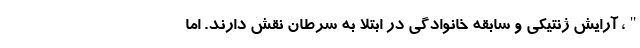
"، آرایش ژنتیکی و سابقه خانوادگی در ابتلا به سرطان نقش دارند. اما